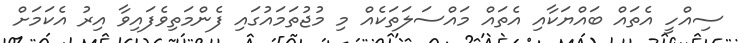
ސިއްހީ އެތައް ބައްޔަކާއި އެތައް މައްސަލަތަކެއް މި މުޖުތަމައުގައި ފެންމަތިވެފައިވާ އިރު އެކަމަށް